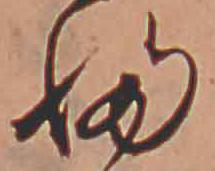
ふ